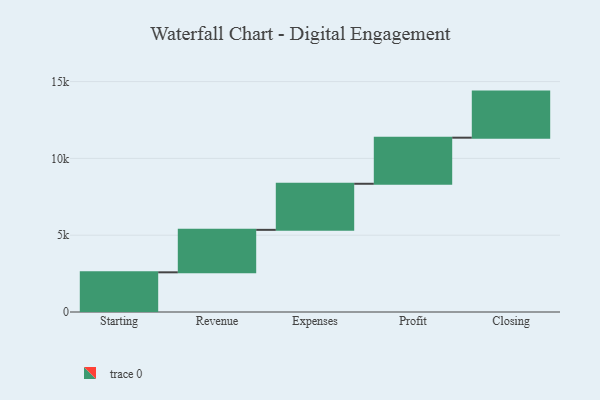
{"axis": {"x": "Step", "y": "Value"}, "legend": [""], "data": [{"x": "Starting", "y": 2583.0, "type": ""}, {"x": "Revenue", "y": 2765.0, "type": ""}, {"x": "Expenses", "y": 3000, "type": ""}, {"x": "Profit", "y": 3000, "type": ""}, {"x": "Closing", "y": 3000, "type": ""}]}